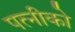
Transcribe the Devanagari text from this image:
पत्नीको